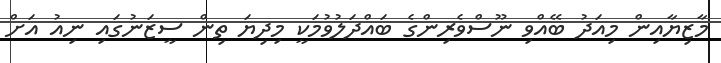
މާޒިޔާއިން މިއަދު ބޭއްވި ނޫސްވެރިންގެ ބައްދަލުވުމަކީ މިދިޔަ ތިން ސީޒަނުގައި ނިއު އަށް